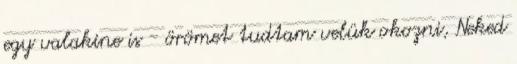
egy valakine is - örömet tudtam velük okozni, Neked